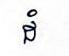
ដំ